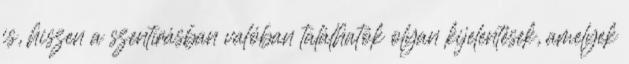
is, hiszen a szentírásban valóban találhatók olyan kijelentések, amelyek